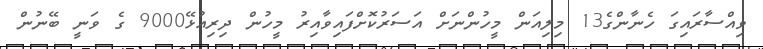
ވިއްސާރައިގަ ހެނާންގެ13 މިލިއަން މީހުންނަށް އަސަރުކޮށްފައިވާއިރު މީހުން ދިރިއުޅޭ9000 ގެ ވަނީ ބޭނުން